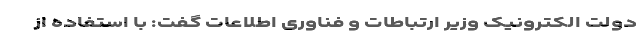
دولت الکترونیک وزیر ارتباطات و فناوری اطلاعات گفت: با استفاده از